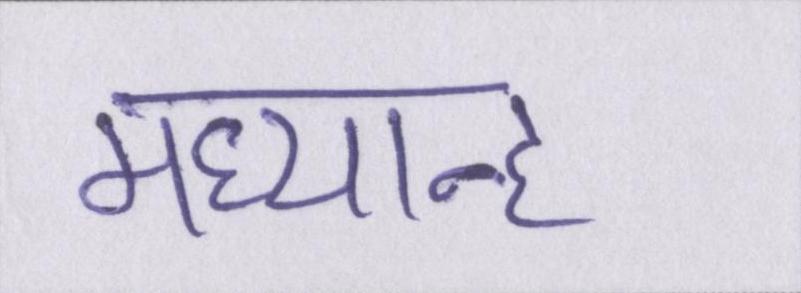
मध्यान्ह